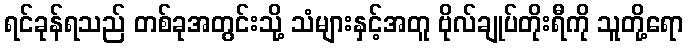
ရင်ခုန်ရသည် တစ်ခုအတွင်းသို့ သံများနှင့်အတူ ဗိုလ်ချုပ်တိုးရီကို သူတို့ရော